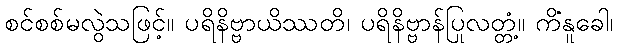
စင်စစ်မလွဲသဖြင့်။ ပရိနိဗ္ဗာယိဿတိ၊ ပရိနိဗ္ဗာန်ပြုလတ္တံ့။ ကိံနူခေါ၊